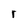
Character: r